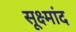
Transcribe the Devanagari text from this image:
सूक्ष्मांद